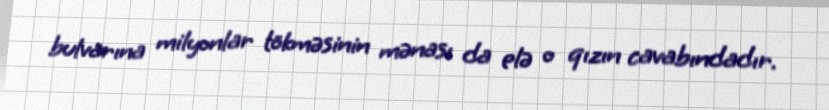
bulvarına milyonlar tökməsinin mənası da elə o qızın cavabındadır.